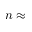
n \approx